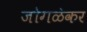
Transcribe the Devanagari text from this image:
जोगळ॓कर